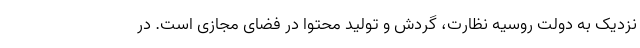
نزدیک به دولت روسیه نظارت، گردش و تولید محتوا در فضای مجازی است. در